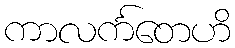
ကာလင်္ကတေဟိ